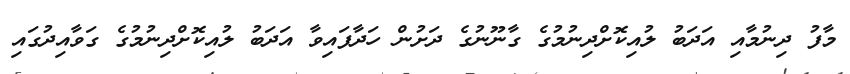
މާފު ދިނުމާއި އަދަބު ލުއިކޮށްދިނުމުގެ ގާނޫނުގެ ދަށުން ހަދާފައިވާ އަދަބު ލުއިކޮށްދިނުމުގެ ގަވާއިދުގައި